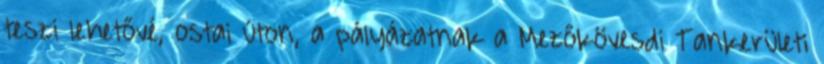
teszi lehetővé, ostai úton, a pályázatnak a Mezőkövesdi Tankerületi